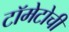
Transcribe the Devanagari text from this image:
टॉमेटोची